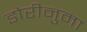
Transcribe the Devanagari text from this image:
डोरीनुमा